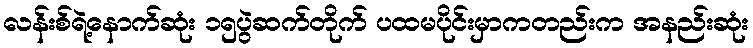
လန်းစ်ရဲ့နောက်ဆုံး ၁၅ပွဲဆက်တိုက် ပထမပိုင်းမှာကတည်းက အနည်းဆုံး